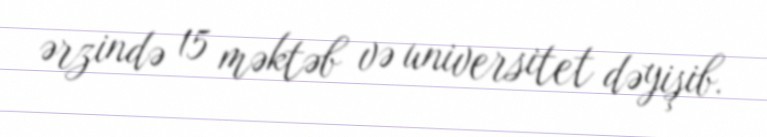
ərzində 15 məktəb və universitet dəyişib.